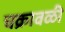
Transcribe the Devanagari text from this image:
चक्रावळी